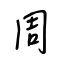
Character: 周